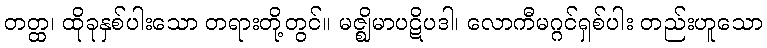
တတ္ထ၊ ထိုခုနှစ်ပါးသော တရားတို့တွင်။ မဇ္ဈိမာပဋိပဒါ၊ လောကီမဂ္ဂင်ရှစ်ပါး တည်းဟူသော